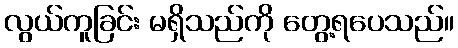
လွယ်ကူခြင်း မရှိသည်ကို တွေ့ရပေသည်။